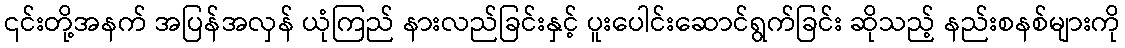
၎င်းတို့အနက် အပြန်အလှန် ယုံကြည် နားလည်ခြင်းနှင့် ပူးပေါင်းဆောင်ရွက်ခြင်း ဆိုသည့် နည်းစနစ်များကို